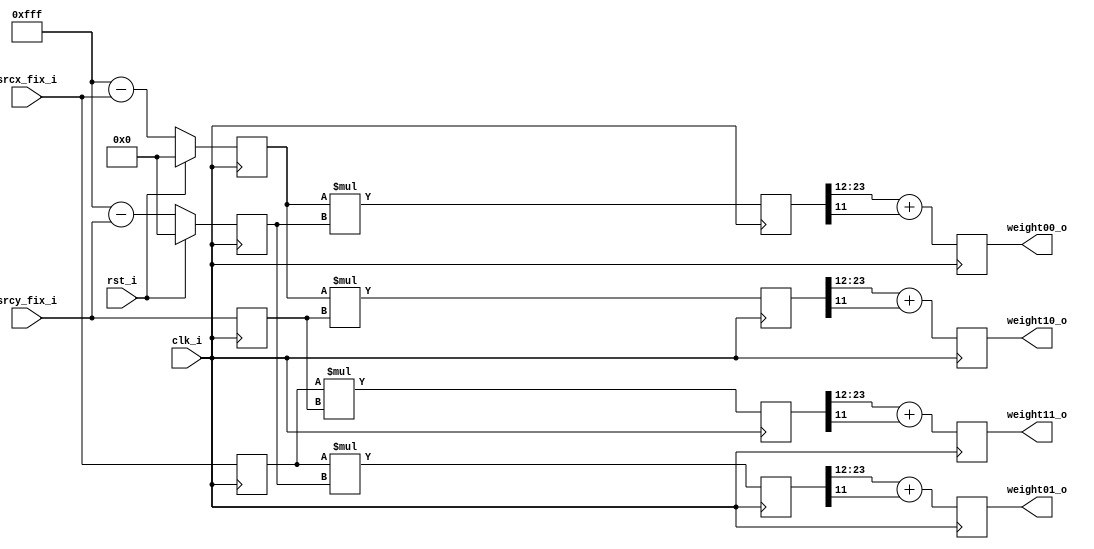
module cal_bilinear_weight
                          #(parameter FIX_WIDTH  = 12)
                          (
                           input                  clk_i,
                           input                  rst_i,
         
                           input[FIX_WIDTH-1:0]   srcx_fix_i,//x
                           input[FIX_WIDTH-1:0]   srcy_fix_i,//y   
         
                           output[FIX_WIDTH -1:0] weight00_o,//w00
                           output[FIX_WIDTH -1:0] weight01_o,//w01 
                           output[FIX_WIDTH -1:0] weight10_o,//w10
                           output[FIX_WIDTH -1:0] weight11_o //w11                                 
                           );

localparam FIX_MAX = {FIX_WIDTH{1'b1}};
//localparam FIX_MAX = 1 << FIX_WIDTH;

reg[FIX_WIDTH-1:0] comp_srcx_fix;
always@(posedge clk_i)begin
  if(rst_i)begin
    comp_srcx_fix <= 32'd0;
  end else begin
    comp_srcx_fix <= FIX_MAX - srcx_fix_i;
  end
end

reg[FIX_WIDTH-1:0] comp_srcy_fix;
always@(posedge clk_i)begin
  if(rst_i)begin
    comp_srcy_fix <= 32'd0;
  end else begin
    comp_srcy_fix <= FIX_MAX - srcy_fix_i;
  end
end

reg[FIX_WIDTH-1:0]   srcx_fix_d = 0;
reg[FIX_WIDTH-1:0]   srcy_fix_d = 0;
always@(posedge clk_i)begin
  srcx_fix_d <= srcx_fix_i;
  srcy_fix_d <= srcy_fix_i;     
end

//---------calculation weight------------
reg[(FIX_WIDTH << 1)-1:0] multi00 = 0;
reg[(FIX_WIDTH << 1)-1:0] multi01 = 0;
reg[(FIX_WIDTH << 1)-1:0] multi10 = 0;
reg[(FIX_WIDTH << 1)-1:0] multi11 = 0;
always@(posedge clk_i)begin
  multi00 <= comp_srcx_fix * comp_srcy_fix;
  multi01 <= srcx_fix_d * comp_srcy_fix;  
  multi10 <= comp_srcx_fix * srcy_fix_d; 
  multi11 <= srcx_fix_d * srcy_fix_d;      
end

reg[FIX_WIDTH -1:0] weight00 = 0;
reg[FIX_WIDTH -1:0] weight01 = 0;
reg[FIX_WIDTH -1:0] weight10 = 0;
reg[FIX_WIDTH -1:0] weight11 = 0;
always@(posedge clk_i)begin
//  weight00 <= multi00[(FIX_WIDTH << 1)-1:FIX_WIDTH] + (|multi00[FIX_WIDTH -1:0]);  
//  weight01 <= multi01[(FIX_WIDTH << 1)-1:FIX_WIDTH] + (|multi01[FIX_WIDTH -1:0]);
//  weight10 <= multi10[(FIX_WIDTH << 1)-1:FIX_WIDTH] + (|multi10[FIX_WIDTH -1:0]);
//  weight11 <= multi11[(FIX_WIDTH << 1)-1:FIX_WIDTH] + (|multi11[FIX_WIDTH -1:0]); 
  weight00 <= multi00[(FIX_WIDTH << 1)-1:FIX_WIDTH] + multi00[FIX_WIDTH -1];  
  weight01 <= multi01[(FIX_WIDTH << 1)-1:FIX_WIDTH] + multi01[FIX_WIDTH -1];
  weight10 <= multi10[(FIX_WIDTH << 1)-1:FIX_WIDTH] + multi10[FIX_WIDTH -1];
  weight11 <= multi11[(FIX_WIDTH << 1)-1:FIX_WIDTH] + multi11[FIX_WIDTH -1];       
end

assign weight00_o = weight00;
assign weight01_o = weight01;
assign weight10_o = weight10;
assign weight11_o = weight11;

endmodule